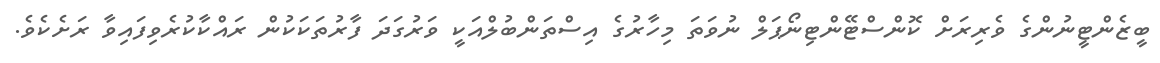
ބީޒެންޓީނުންގެ ވެރިރަށް ކޮންސްޓޭންޓިނޯޕަލް ނުވަތަ މިހާރުގެ އިސްތަންބުލްއަކީ ވަރުގަދަ ފާރުތަކަކުން ރައްކާކުރެވިފައިވާ ރަށެކެވެ.